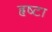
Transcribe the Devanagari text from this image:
हृष्टा